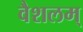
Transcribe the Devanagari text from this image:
वैशलम्